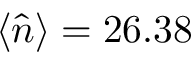
\langle \hat { n } \rangle = 2 6 . 3 8